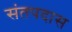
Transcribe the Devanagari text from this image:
संतपदास